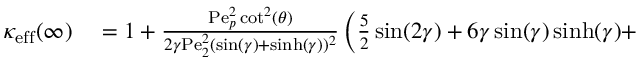
\begin{array} { r l } { \kappa _ { \mathrm { e f f } } ( \infty ) } & { { } = 1 + \frac { \mathrm { P e } _ { p } ^ { 2 } \cot ^ { 2 } ( \theta ) } { 2 \gamma \mathrm { P e } _ { 2 } ^ { 2 } ( \sin ( \gamma ) + \sinh ( \gamma ) ) ^ { 2 } } \left( \frac { 5 } { 2 } \sin ( 2 \gamma ) + 6 \gamma \sin ( \gamma ) \sinh ( \gamma ) + \right. } \end{array}